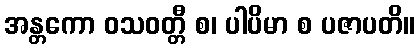
အန္တကော ဝသဝတ္တီ စ၊ ပါပိမာ စ ပဇာပတိ။